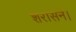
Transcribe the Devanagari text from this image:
शरासने।